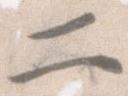
二